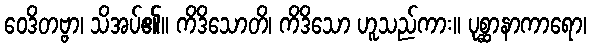
ဝေဒိတဗ္ဗာ၊ သိအပ်၏။ ကိဒိသောတိ၊ ကိဒိသော ဟူသည်ကား။ ပုစ္ဆာနာကာရော၊